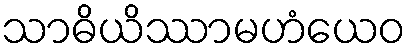
သာဓိယိဿာမဟံယေဝ